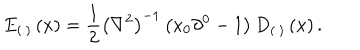
E _ { \left( . \right) } \left( x \right) = \frac 1 2 \left( \nabla ^ { 2 } \right) ^ { - 1 } \left( x _ { 0 } \partial ^ { 0 } - 1 \right) D _ { \left( . \right) } \left( x \right) .